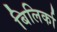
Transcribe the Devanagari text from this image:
बिलिर्का